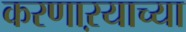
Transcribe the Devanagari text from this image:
करणाऱयाच्या